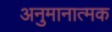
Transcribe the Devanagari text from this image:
अनुमानात्मक